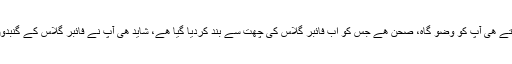
نیچے مدرسہ ھے جہاں دینی تعلیم کا انتظام ھے اور اوپر آتے ھی آپ کو وضو گاہ، صحن ھے جس کو اب فائبر گلاس کی چھت سے بند کردیا گیا ھے، شاید ھی آپ نے فائبر گلاس کے گنبدوں میں اتنا خوبصورت پینٹ اور آرٹ ورک کہیں دیکھا ھو۔